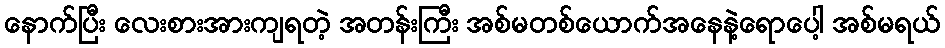
နောက်ပြီး လေးစားအားကျရတဲ့ အတန်းကြီး အစ်မတစ်ယောက်အနေနဲ့ရောပေါ့ အစ်မရယ်